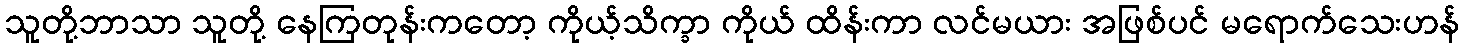
သူတို့ဘာသာ သူတို့ နေကြတုန်းကတော့ ကိုယ့်သိက္ခာ ကိုယ် ထိန်းကာ လင်မယား အဖြစ်ပင် မရောက်သေးဟန်